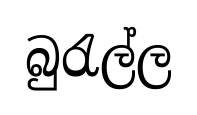
බුරැල්ල